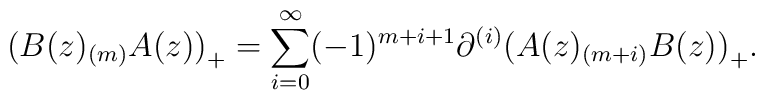
\bigl(B(z)_{(m)}A(z)\bigr)_+= \sum_{i=0}^\infty(-1)^{m+i+1}\partial^{(i)}\bigl(A(z)_{(m+i)}B(z)\bigr)_+.